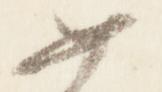
如